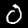
Label: 0